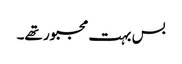
بس بہت مجبور تھے۔